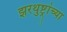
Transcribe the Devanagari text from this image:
झरथुष्ट्रांच्या